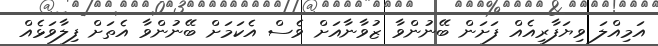
އަމިއްލަ ވިޔަފާރިއެއް ފަށަން ބޭނުންވާ ޒުވާނާއަށް ވެސް އެކަމަށް ބޭނުންވާ އެތަށް ފިލާވަޅެއް